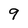
Character: 9